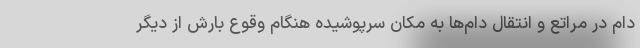
دام در مراتع و انتقال دام‌ها به مکان سرپوشیده هنگام وقوع بارش از دیگر